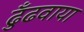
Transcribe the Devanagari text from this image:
ढुँढवाया